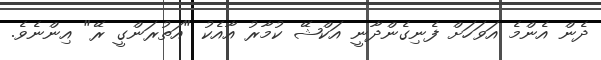
ދެން އެންމެ އަވަހަށް ފެނިގެންދާނީ އަކްޝޭ ކުމާރު އާއެކު "އަތުރަންގީ ރޭ" އިންނެވެ.